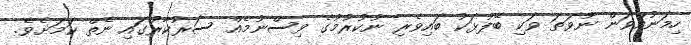
ހިމަނުއްވަން ނުވަތަ ވަކި ބޭފުޅަކު ބައިވެރި ނުކުރުމުގެ ވިސްނުމެއް ސަރުކާރުގައި ނެތް ކަމަށެވެ.